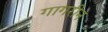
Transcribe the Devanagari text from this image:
गागरीन